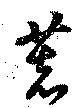
著